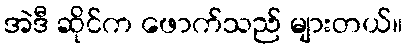
အဲဒီ ဆိုင်က ဖောက်သည် များတယ်။